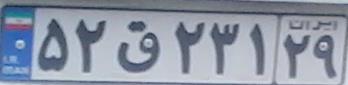
۵۲ق۲۳۱۲۹